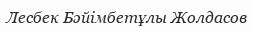
Лесбек Бәйімбетұлы Жолдасов